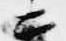
ニ